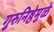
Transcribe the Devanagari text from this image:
गुरुनिष्ठेमुळे